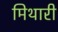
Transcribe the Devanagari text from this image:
मिथारी